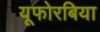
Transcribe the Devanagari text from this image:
यूफोरबिया